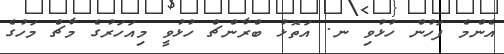
އެންމެ ފަހުން ހުޅުވި ނ. އަތޮޅު ބްރާންޗް ހުޅުވީ މިއަހަރުގެ މާޗް މަހުގެ